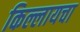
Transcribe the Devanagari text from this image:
किल्लायचा